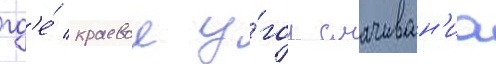
гд'е́ краевои у́гол смачиван'иа